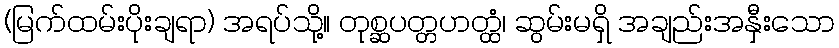
(မြက်ထမ်းပိုးချရာ) အရပ်သို့။ တုစ္ဆပတ္တဟတ္ထံ၊ ဆွမ်းမရှိ အချည်းအနှီးသော